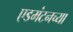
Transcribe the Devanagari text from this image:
एडमंटनच्या